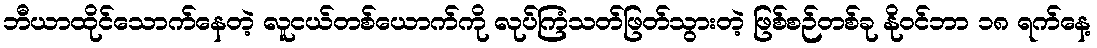
ဘီယာထိုင်သောက်နေတဲ့ လူငယ်တစ်ယောက်ကို လုပ်ကြံသတ်ဖြတ်သွားတဲ့ ဖြစ်စဉ်တစ်ခု နိုဝင်ဘာ ၁၈ ရက်နေ့